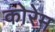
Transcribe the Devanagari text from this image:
कोरेम